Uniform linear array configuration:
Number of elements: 32
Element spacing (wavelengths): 0.75
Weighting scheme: binomial
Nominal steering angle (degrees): -15
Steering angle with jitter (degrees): -16.65
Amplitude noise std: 0.05
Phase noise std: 0.05

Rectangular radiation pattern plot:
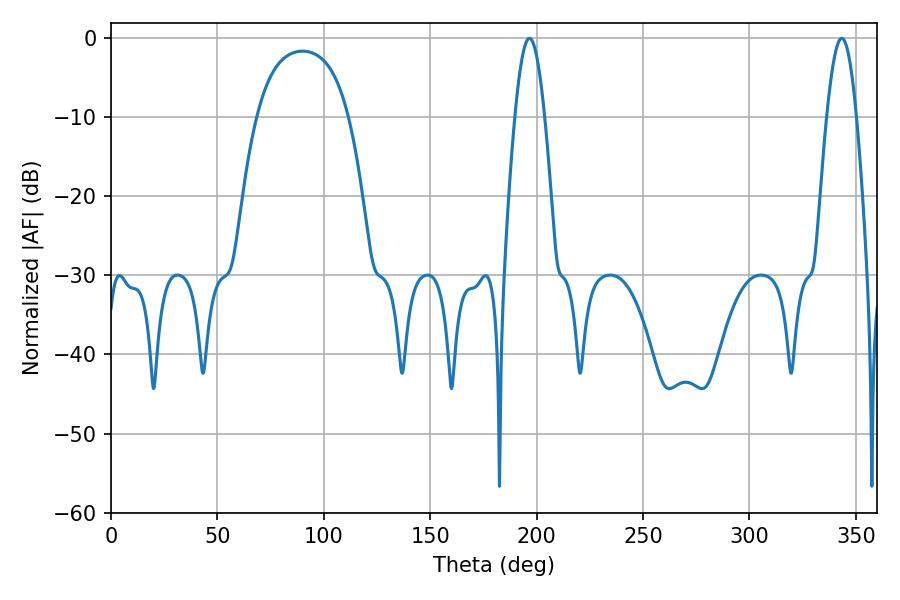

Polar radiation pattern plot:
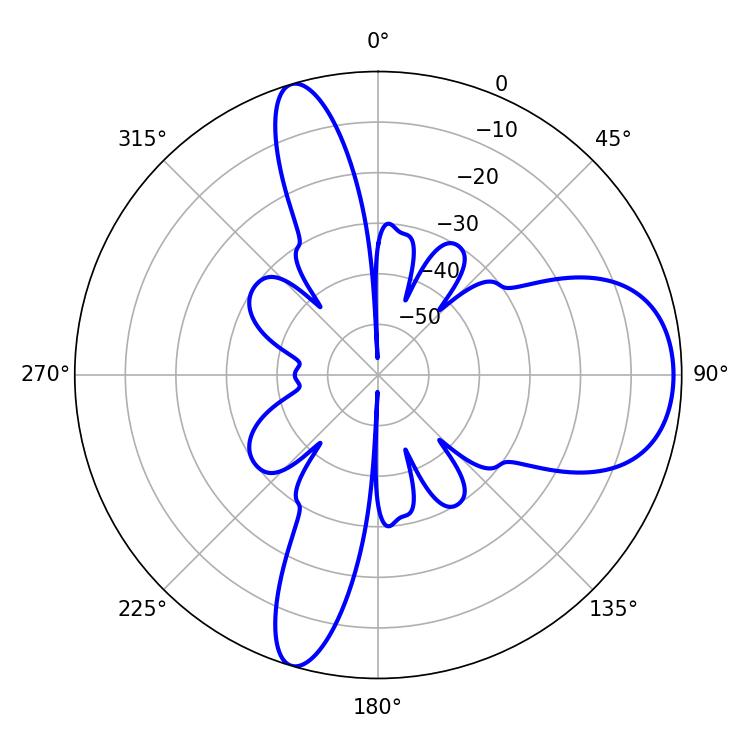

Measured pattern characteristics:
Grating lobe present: TRUE
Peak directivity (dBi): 8.776
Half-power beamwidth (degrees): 7.38
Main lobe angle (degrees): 343.44